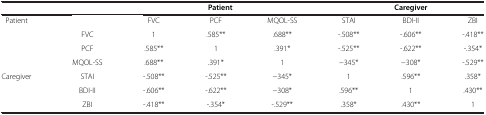
|  |  |  | Patient |  |  | Caregiver |  |
 | --- | --- | --- | --- | --- | --- | --- | --- |
 | Patient |  | FVC | PCF | MQOL-SS | STAI | BDI-II | ZBI |
 |  | FVC | 1 | .585** | .688** | -.508** | -.606** | -.418** |
 |  | PCF | .585** | 1 | .391* | -.525** | -.622** | -.354* |
 |  | MQOL-SS | .688** | .391* | 1 | −345* | −308* | -.529** |
 | Caregiver | STAI | -.508** | -.525** | −345* | 1 | .596** | .358* |
 |  | BDI-II | -.606** | -.622** | −308* | .596** | 1 | .430** |
 |  | ZBI | -.418** | -.354* | -.529** | .358* | .430** | 1 |